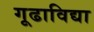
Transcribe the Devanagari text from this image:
गूढाविद्या